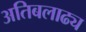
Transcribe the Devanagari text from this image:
अतिबलाढ्य